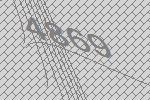
4869